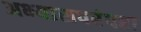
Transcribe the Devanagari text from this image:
अभ्यासपरंपरा